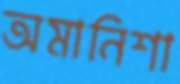
অমানিশা